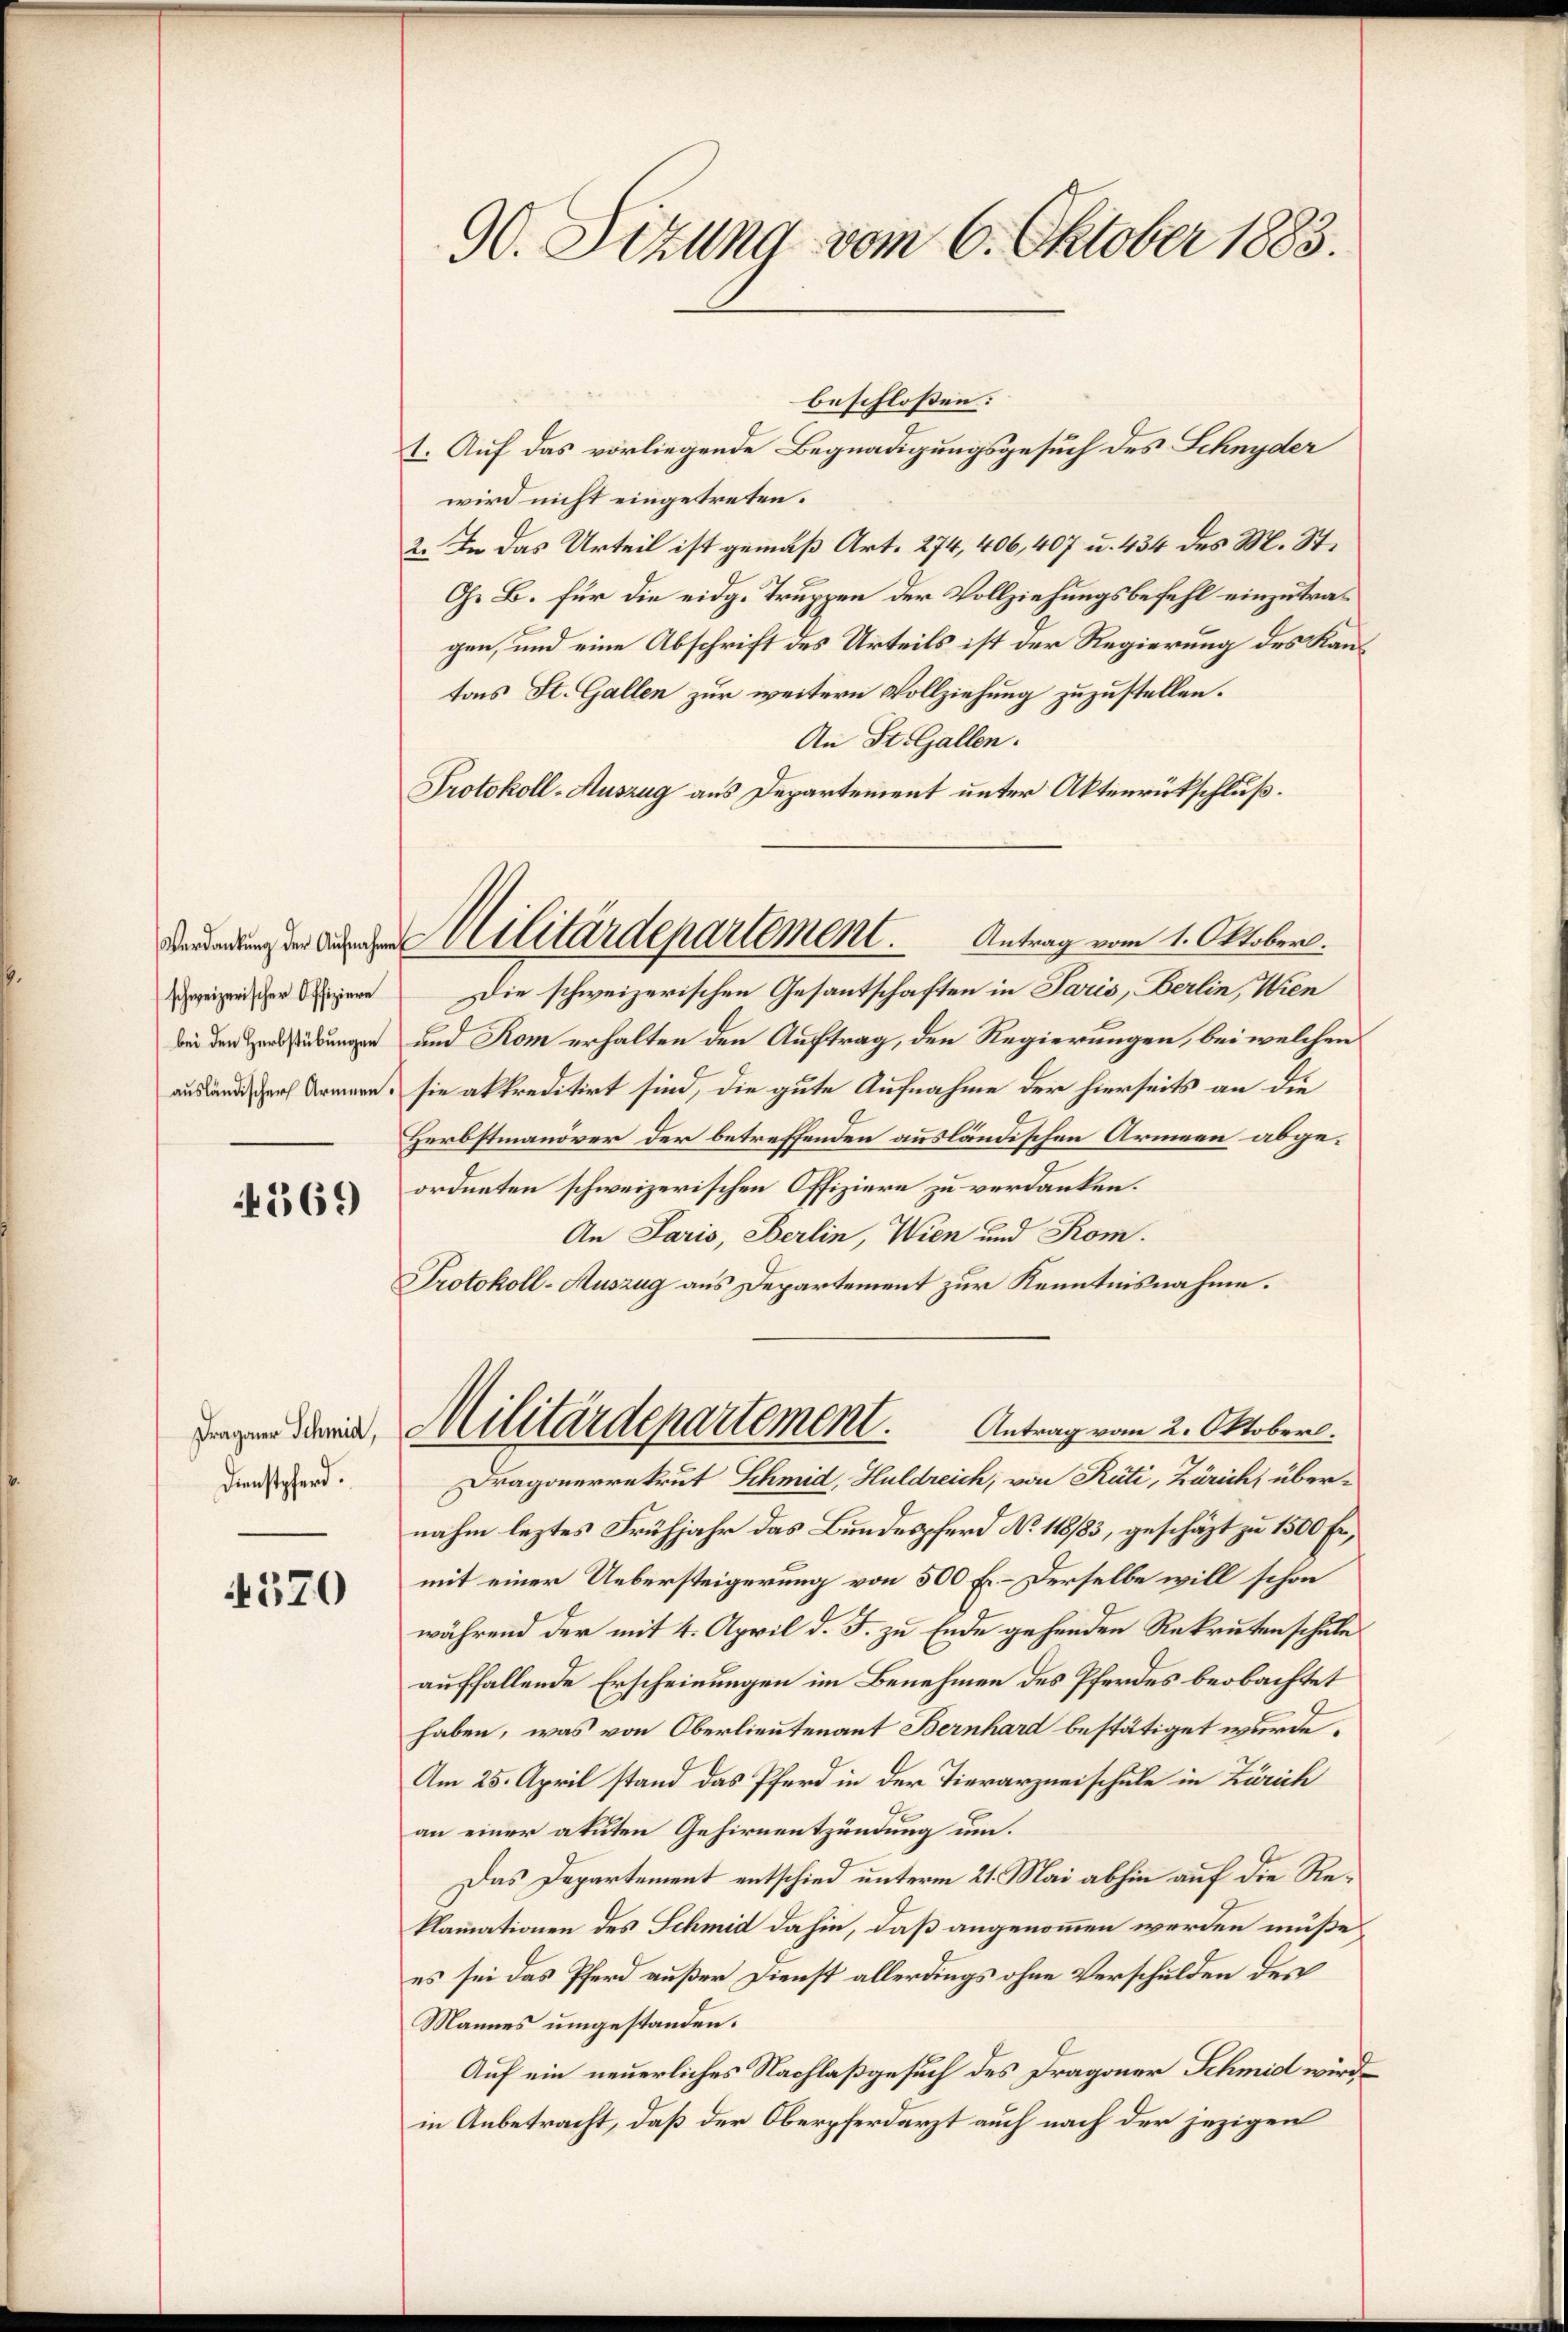
schweizerischer Offiziere

369

Dragoner Schmid,
Dienstpferd.

4370

90. Sitzung vom 6. Oktober 1883.

beschlossen:
1. Auf das vorliegende Begnadigungsgesuch des Schnyder
wird nicht eingetreten.
2. In das Urteil ist gemäß Art. 274, 406, 407 u. 434 des M. St.
O. B. für die eidg. Truppen der Vollziehungsbefehl einzutragen, und eine Abschrift des Urteils ist der Regierung des Kantons St. Gallen zur weitern Vollziehung zuzustellen.
An St. Gallen.
Protokoll-Auszug aus Departement unter Aktenrückschluß.
Die schweizerischen Gesantschaften in Paris, Berlin, Wien
n und Rom erhalten den Auftrag, den Regierungen, bei welchen
ausland, durch Armern, sie akkreditirt sind, die gute Aufnahme der hierseits an die
Herbstmanöver der betreffenden ausländischen Armeen abgeordneten schweizerischen Offiziere zu verdanken.
An Paris, Berlin, Wien und Kom
Protokoll-Auszug aus Departement zur Kenntnisnahme.
Militärdepartement.
Antrag vom 2. Oktober.
Dragonerrekrut Schmid, Huldreich, von Rüti, Zürich, übernahm leztes Frühjahr das Bundespferd No. 118/83, geschäzt zu 1500 Fr,
mit einer Uebersteigerung von 500 f. - Derselbe will schon
während der mit 4. April d. J. zu Ende gehenden Rekruten schule
auffallende Erscheinungen im Benehmen des Pferdes beobachtet
haben, was von Oberlieutenant Bernhard bestätiget wurde.
Am 25. April stand das Pferd in der Tierarzneischule in Zürich
an einer atuten Gehirnentzündung um.
Das Departement entschied unterm 21. Mai abhin auf die Reklamationen des Schmid dahin, daß angenommen werden müße,
es sei das Pferd außer Dienst allerdings ohne Verschulden des
Mannes umgestanden.
Auf ein neuerliches Nachlaßgesuch des Dragoner Schmid wird
in Anbetracht, daß der Oberpferdarzt auch nach der jezigen

Militärdepartement.          Antrag vom 1. Oktober.